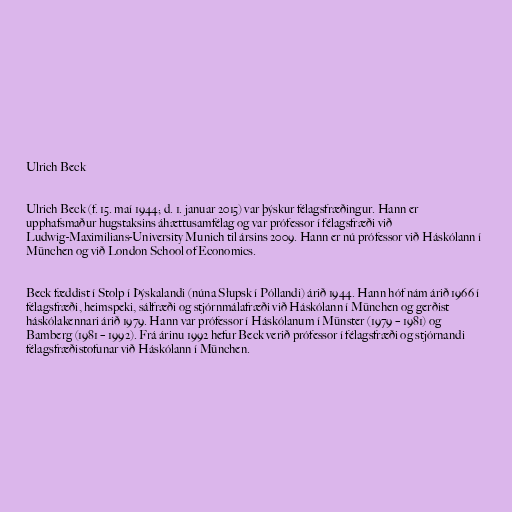
Ulrich Beck

Ulrich Beck (f. 15. maí 1944; d. 1. januar 2015) var þýskur félagsfræðingur. Hann er
upphafsmaður hugstaksins áhættusamfélag og var prófessor í félagsfræði við
Ludwig-Maximilians-University Munich til ársins 2009. Hann er nú prófessor við Háskólann í
München og við London School of Economics.

Beck fæddist í Stolp í Þýskalandi (núna Słupsk í Póllandi) árið 1944. Hann hóf nám árið 1966 í
félagsfræði, heimspeki, sálfræði og stjórnmálafræði við Háskólann í München og gerðist
háskólakennari árið 1979. Hann var prófessor í Háskólanum í Münster (1979 – 1981) og
Bamberg (1981 – 1992). Frá árinu 1992 hefur Beck verið prófessor í félagsfræði og stjórnandi
félagsfræðistofunar við Háskólann í München.